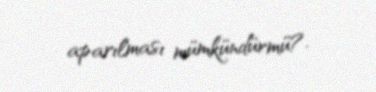
aparılması mümkündürmü?.